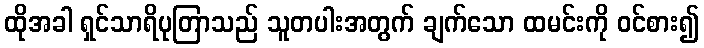
ထိုအခါ ရှင်သာရိပုတြာသည် သူတပါးအတွက် ချက်သော ထမင်းကို ဝင်စား၍